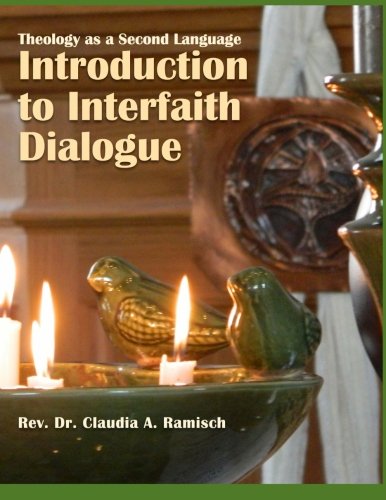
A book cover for Introduction to Interfaith Dialogue (THEOLOGY AS A SECOND LANGUAGE) (Volume 2); Rev. Claudia A. Ramisch DMin; Religion & Spirituality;